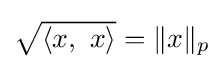
{\textstyle {\sqrt {\langle x,\ x\rangle }}=\|x\|_{p}}